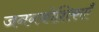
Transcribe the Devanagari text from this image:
जननकोशिकाएँ